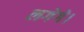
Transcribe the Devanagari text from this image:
लगेगे।